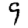
Digit: 9